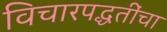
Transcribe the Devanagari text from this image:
विचारपद्धतींचा